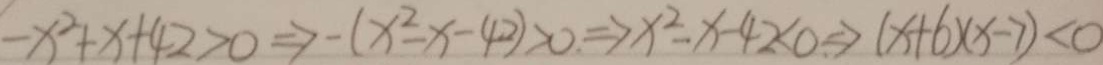
- x ^ { 2 } + x + 4 2 > 0 \Rightarrow - ( x ^ { 2 } - x - 4 2 ) > 0 . \Rightarrow x ^ { 2 } - x - 4 2 < 0 \Rightarrow ( x + 6 ) ( x - 7 ) < 0